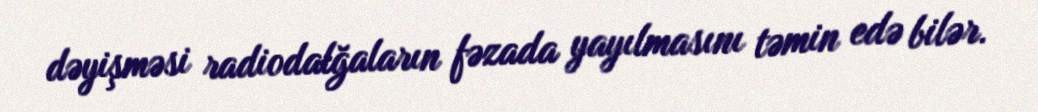
dəyişməsi radiodalğaların fəzada yayılmasını təmin edə bilər.